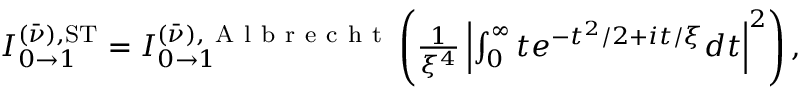
\begin{array} { r } { I _ { 0 \to 1 } ^ { ( \bar { \nu } ) , \mathrm { S T } } = I _ { 0 \to 1 } ^ { ( \bar { \nu } ) , \mathrm { ~ A ~ l ~ b ~ r ~ e ~ c ~ h ~ t ~ } } \left( \frac 1 { \xi ^ { 4 } } \left| \int _ { 0 } ^ { \infty } t e ^ { - t ^ { 2 } / 2 + i t / \xi } d t \right| ^ { 2 } \right) , } \end{array}